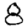
Digit: 8